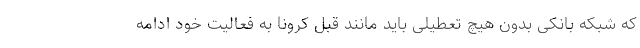
که شبکه بانکی بدون هیچ تعطیلی باید مانند قبل کرونا به فعالیت خود ادامه